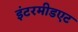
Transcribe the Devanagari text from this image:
इंटरमीडएट